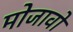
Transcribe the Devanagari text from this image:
मोजावो